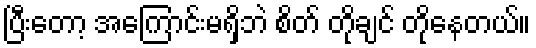
ပြီးတော့ အကြောင်းမရှိဘဲ စိတ် တိုချင် တိုနေတယ်။